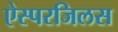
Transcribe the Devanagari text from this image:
ऐस्परजिलस